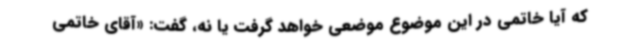
که آیا خاتمی در این موضوع موضعی خواهد گرفت یا نه، گفت: «آقای خاتمی